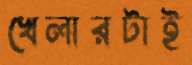
খেলারটাই